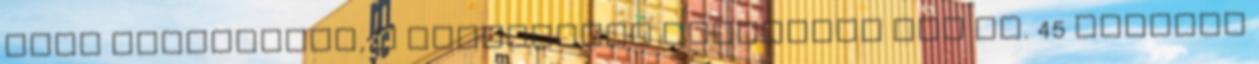
séta távolságra, a nemzetközi reptértől DXB kb. 45 percnyi